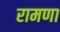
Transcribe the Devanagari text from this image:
रामणा